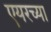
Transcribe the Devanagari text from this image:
एयरच्या